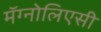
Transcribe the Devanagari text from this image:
मॅग्नोलिएसी